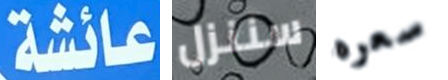
عائشة سننزل سعره